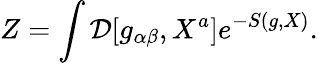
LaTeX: Z=\int{\cal D}[g_{\alpha\beta},X^{a}]e^{-S(g,X)}.